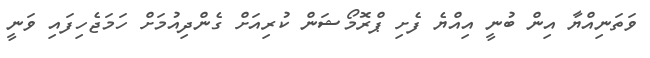
ވަތަނިއްޔާ އިން ބުނީ އިއްޔެ ފެށި ޕްރޮމޯޝަން ކުރިއަށް ގެންދިއުމަށް ހަމަޖެހިފައި ވަނީ